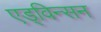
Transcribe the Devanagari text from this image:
एड्विन्सन